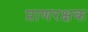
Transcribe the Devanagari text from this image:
प्राणरक्षक